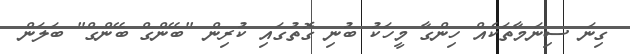
ގިނަ ސިނަމާތަކެއް ހިންގާ މީހަކު ބުނި ގޮތުގައި ކުރިން "ބޭންގް ބޭންގް" ބަލަން